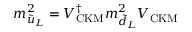
m _ { \tilde { u } _ { L } } ^ { 2 } = V _ { \mathrm { C K M } } ^ { \dagger } m _ { \tilde { d } _ { L } } ^ { 2 } V _ { \mathrm { C K M } }